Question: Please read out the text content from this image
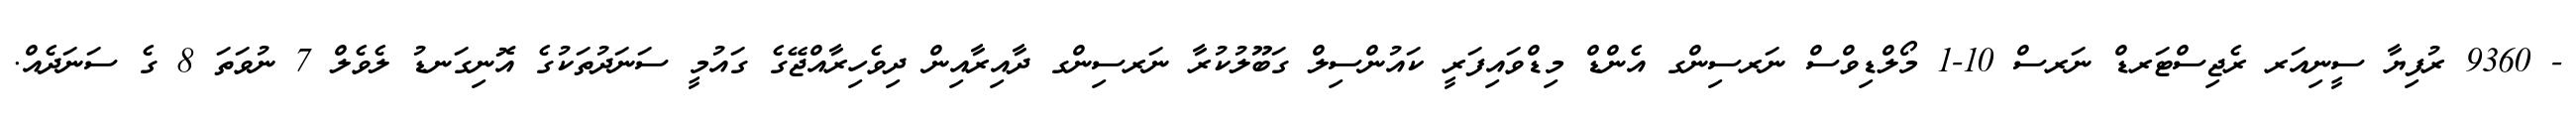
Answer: - 9360 ރުފިޔާ ސީނިއަރ ރެޖިސްޓަރޑް ނަރސް 10-1 މޯލްޑިވްސް ނަރސިންގ އެންޑް މިޑްވައިފަރީ ކައުންސިލް ގަބޫލުކުރާ ނަރސިންގ ދާއިރާއިން ދިވެހިރާއްޖޭގެ ގައުމީ ސަނަދުތަކުގެ އޮނިގަނޑު ލެވެލް 7 ނުވަތަ 8 ގެ ސަނަދެއް.